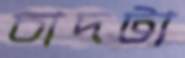
চাদটা